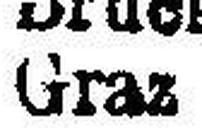
Graz